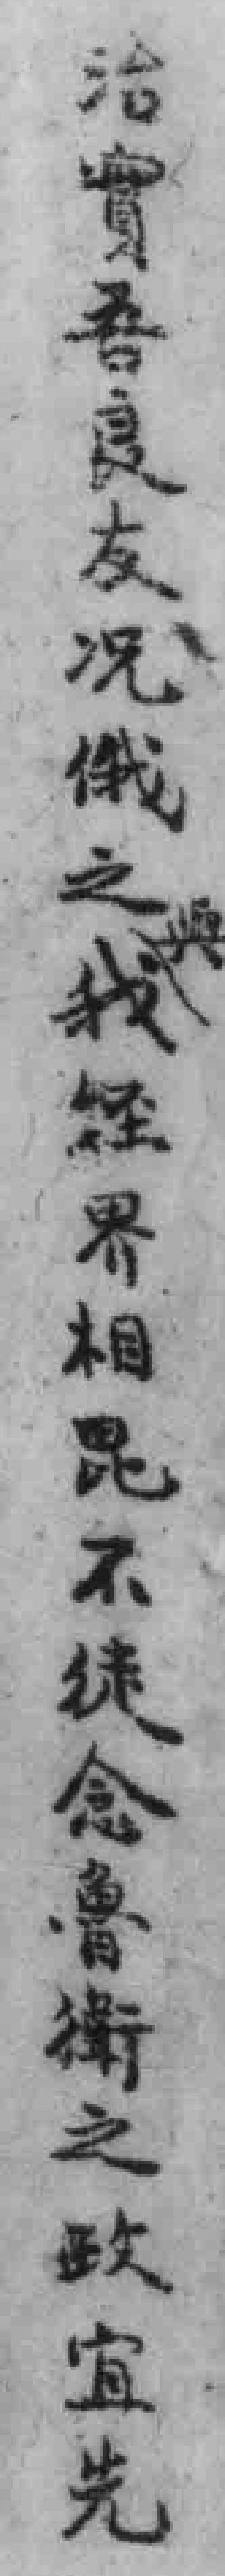
治實吾良友况俄之我經界相昆不徒念鲁衛之政宜先